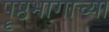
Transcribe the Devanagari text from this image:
पॄष्ठभागाच्या